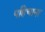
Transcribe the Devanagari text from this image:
पहिचाना